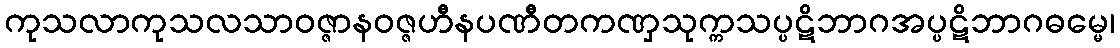
ကုသလာကုသလသာဝဇ္ဇာနဝဇ္ဇဟီနပဏီတကဏှသုက္ကသပ္ပဋိဘာဂအပ္ပဋိဘာဂဓမ္မေ၊